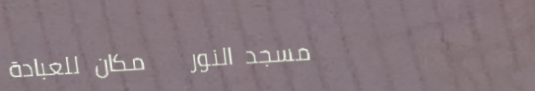
مسجد النور   مكان للعبادة